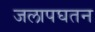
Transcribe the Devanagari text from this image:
जलापघतन